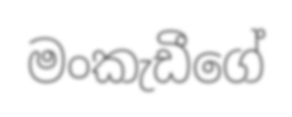
මංකැඩීගේ